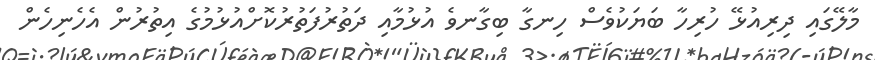
މާލޭގައި ދިރިއުޅޭ ހުރިހާ ބަޔަކުވެސް ހިނގާ ބިގާނވެ އުޅުމާއި ދަތުރުފަތުރުކޮށްއުޅުމުގެ އިތުރުން އެހެނިހެން